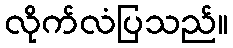
လိုက်လံပြသည်။